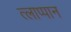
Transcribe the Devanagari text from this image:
त्लाप्पान